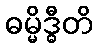
ဓမ္မိဒ္ဓီတိ